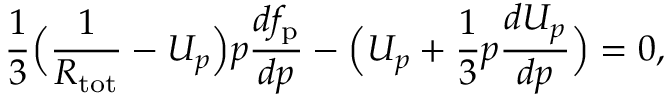
\frac { 1 } { 3 } \Big ( \frac { 1 } { R _ { \mathrm { t o t } } } - U _ { p } \Big ) p \frac { d f _ { \mathrm { p } } } { d p } - \Big ( U _ { p } + \frac { 1 } { 3 } p \frac { d U _ { p } } { d p } \Big ) = 0 ,